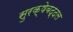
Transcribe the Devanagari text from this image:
सुरक्षेबद्दल